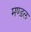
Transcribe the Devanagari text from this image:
मण्ड़ल